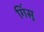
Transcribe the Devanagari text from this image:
गिंसू